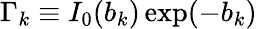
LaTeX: \Gamma_{k}\equiv I_{0}(b_{k})\exp(-b_{k})